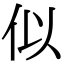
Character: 似